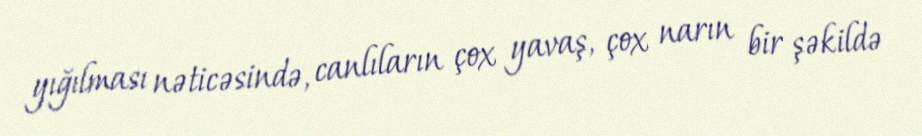
yığılması nəticəsində, canlıların çox yavaş, çox narın bir şəkildə